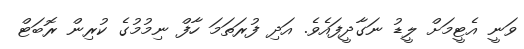
ވަނީ އެޓީމަށް ލީޑު ނަގާދީފައެވެ. އަދި ފުރަތަމަ ހާފް ނިމުމުގެ ކުރިން ރޮބަޓް